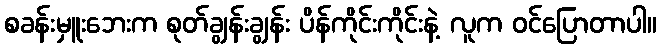
စခန်းမှူးဘေးက စုတ်ချွန်းချွန်း ပိန်ကိုင်းကိုင်းနဲ့ လူက ဝင်ပြောတာပါ။